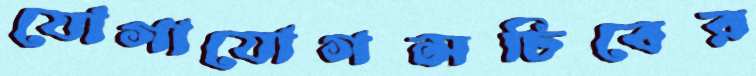
যোগাযোগসচিবের